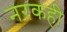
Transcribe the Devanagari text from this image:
नरकही